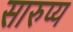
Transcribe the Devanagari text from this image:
सारुप्य